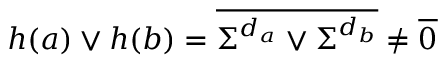
h ( a ) \vee h ( b ) = \overline { { \Sigma ^ { d _ { a } } \vee \Sigma ^ { d _ { b } } } } \neq \overline { { 0 } }